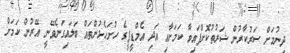
ދިނުމަށް ސަރުކާރުން ޝަރުތުކޮށްފައިވާ ކަމަށާއި އަދި އެމްޑީޕީގެ ހުށަހެޅުންތައް ބަލައިގަނެވޭނީ އޭރުން ކަމަށް